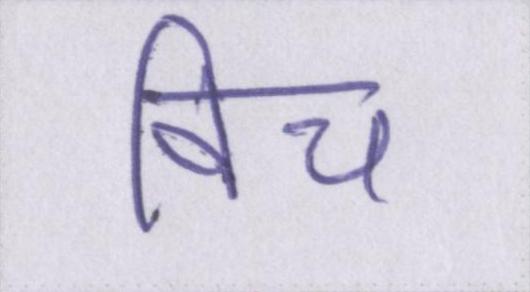
विच